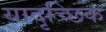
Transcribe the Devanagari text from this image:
यादृच्‍छिक